Scientific memoirs by medical officers of the Army of India - Part III,
Year: 1887
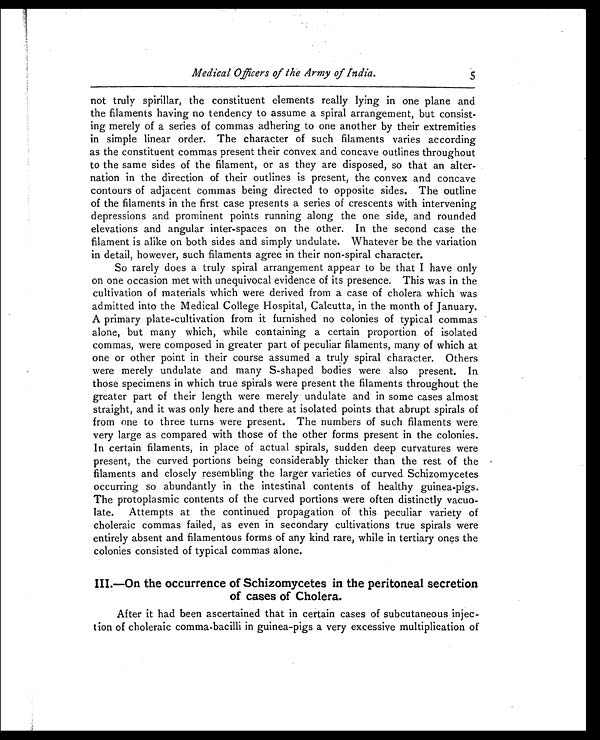
Medical Officers of the Army of India. 5
not truly spirillar, the constituent elements really lying in one plane and
the filaments having no tendency to assume a spiral arrangement, but consist-
ing merely of a series of commas adhering to one another by their extremities
in simple linear order. The character of such filaments varies according
as the constituent commas present their convex and concave outlines throughout
to the same sides of the filament, or as they are disposed, so that an alter-
nation in the direction of their outlines is present, the convex and concave
contours of adjacent commas being directed to opposite sides. The outline
of the filaments in the first case presents a series of crescents with intervening
depressions and prominent points running along the one side, and rounded
elevations and angular inter-spaces on the other. In the second case the
filament is alike on both sides and simply undulate. Whatever be the variation
in detail, however, such filaments agree in their non-spiral character.
So rarely does a truly spiral arrangement appear to be that I have only
on one occasion met with unequivocal evidence of its presence. This was in the
cultivation of materials which were derived from a case of cholera which was
admitted into the Medical College Hospital, Calcutta, in the month of January.
A primary plate-cultivation from it furnished no colonies of typical commas
alone, but many which, while containing a certain proportion of isolated
commas, were composed in greater part of peculiar filaments, many of which at
one or other point in their course assumed a truly spiral character. Others
were merely undulate and many S-shaped bodies were also present. In
those specimens in which true spirals were present the filaments throughout the
greater part of their length were merely undulate and in some cases almost
straight, and it was only here and there at isolated points that abrupt spirals of
from one to three turns were present. The numbers of such filaments were
very large as compared with those of the other forms present in the colonies.
In certain filaments, in place of actual spirals, sudden deep curvatures were
present, the curved portions being considerably thicker than the rest of the
filaments and closely resembling the larger varieties of curved Schizomycetes
occurring so abundantly in the intestinal contents of healthy guinea-pigs.
The protoplasmic contents of the curved portions were often distinctly vacuo-
late. Attempts at the continued propagation of this peculiar variety of
choleraic commas failed, as even in secondary cultivations true spirals were
entirely absent and filamentous forms of any kind rare, while in tertiary ones the
colonies consisted of typical commas alone.
III.—On the occurrence of Schizomycetes in the peritoneal secretion
of cases of Cholera.
After it had been ascertained that in certain cases of subcutaneous injec-
tion of choleraic comma-bacilli in guinea-pigs a very excessive multiplication of